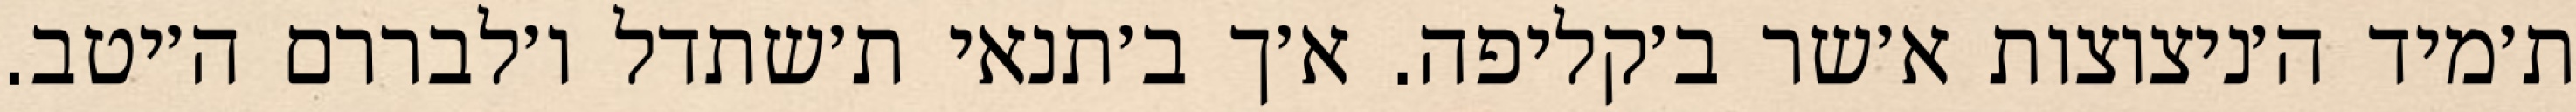
ת׳מיד ה׳ניצוצות א׳שר ב׳קליפה. א׳ך ב׳תנאי ת׳שתדל ו׳לבררם ה׳יטב.